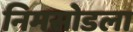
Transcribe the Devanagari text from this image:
निमसोडला